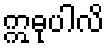
ဣဓုပါလိ